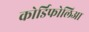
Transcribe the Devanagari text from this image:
कोर्डिफोलिआ